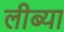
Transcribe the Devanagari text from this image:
लीब्या